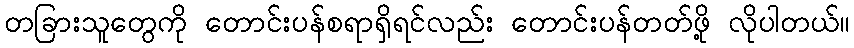
တခြားသူတွေကို တောင်းပန်စရာရှိရင်လည်း တောင်းပန်တတ်ဖို့ လိုပါတယ်။